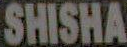
SHISHA